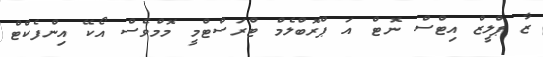
ޒާ ޕްލީޒް އިޓްސް ނޮޓް އަ ޕްރޮބްލެމް ޓްރަސްޓްމީ މޮމްވެސް އޯކޭ އިންފެކްޓް